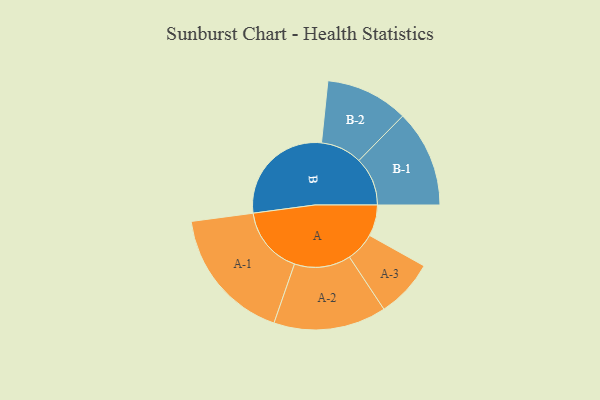
{"axis": {"x": "Segment", "y": "Value"}, "legend": ["", "A", "B"], "data": [{"x": "A", "y": 129, "type": ""}, {"x": "B", "y": 458, "type": ""}, {"x": "A-1", "y": 280, "type": "A"}, {"x": "A-2", "y": 233, "type": "A"}, {"x": "A-3", "y": 121, "type": "A"}, {"x": "B-1", "y": 201, "type": "B"}, {"x": "B-2", "y": 171, "type": "B"}]}